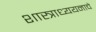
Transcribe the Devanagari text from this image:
शास्त्राध्ययनाचे